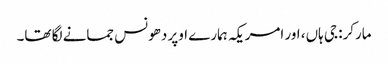
مارکر: جی ہاں، اور امریکہ ہمارے اوپر دھونس جمانے لگا تھا۔